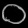
Digit: ၀